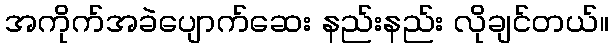
အကိုက်အခဲပျောက်ဆေး နည်းနည်း လိုချင်တယ်။